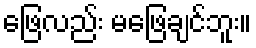
ဖြေလည်း မဖြေချင်ဘူး။